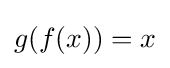
{\textstyle g(f(x))=x}